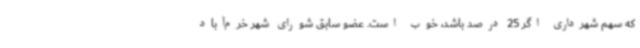
که سهم شهرداری اگر 25 درصد باشد، خوب است. عضو سابق شورای شهر خرم‌آباد